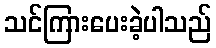
သင်ကြားပေးခဲ့ပါသည်